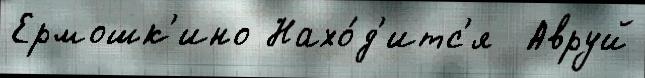
Ермошк'ино Нахо́д'итс'я  Авруй